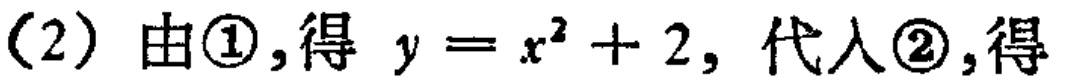
(2) 由\textcircled{1},得 \(y = x^{2}+2\), 代入\textcircled{2},得